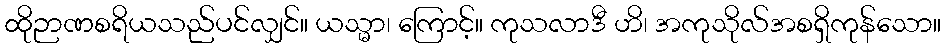
ထိုဉာဏစရိယသည်ပင်လျှင်။ ယသ္မာ၊ ကြောင့်။ ကုသလာဒီ ဟိ၊ အကုသိုလ်အစရှိကုန်သော။